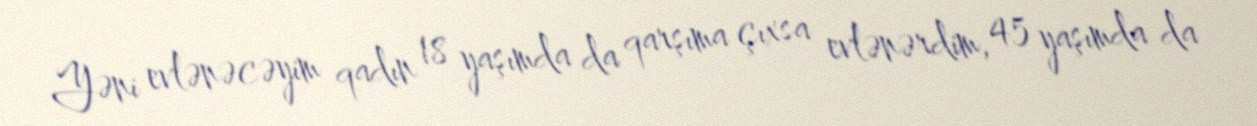
Yəni evlənəcəyim qadın 18 yaşımda da qarşıma çıxsa evlənərdim, 45 yaşımda da